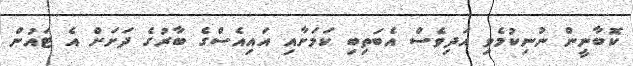
ކޮބާނީން ނުނިކުމެވި އަދިވެސް އެބަތިބި ކަމަށާއި އައިއެސްގެ ބާރުގެ ދަށަށް އެ ޓައުން